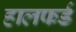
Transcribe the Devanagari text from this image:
हालफर्ड